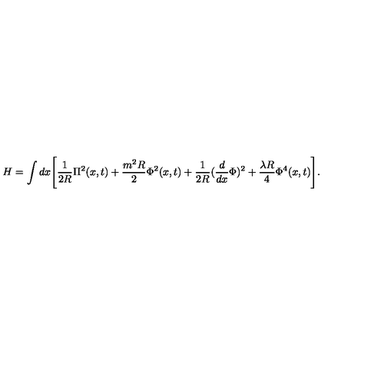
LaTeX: H = \int d x \Biggl [ \frac { 1 } { 2 R } \Pi ^ { 2 } ( x , t ) + \frac { m ^ { 2 } R } { 2 } \Phi ^ { 2 } ( x , t ) + \frac { 1 } { 2 R } ( \frac { d } { d x } \Phi ) ^ { 2 } + \frac { \lambda R } { 4 } \Phi ^ { 4 } ( x , t ) \Biggr ] .